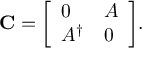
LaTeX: \mathbf { C } = { \left[ \begin{array} { l l } { 0 } & { A } \\ { A ^ { \dagger } } & { 0 } \end{array} \right] } .